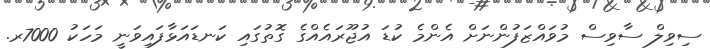
ސިވިލް ސާވިސް މުވައްޒަފުންނަށް އެންމެ ކުޑަ އުޖޫރައެއްގެ ގޮތުގައި ކަނޑައަޅާފައިވަނީ މަހަކު 7000ރ.